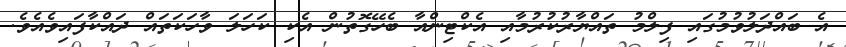
އެ ބައްދަލުވުމުގައި ފިލްމު ތައްޔާރުކުރުމާއި އެކްޓިންއާ ބެހޭގޮތުން އެކި ކަހަލަ ވާހަކަތައް ދައްކާފައިވެއެވެ.